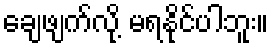
ချေဖျက်လို့ မရနိုင်ပါဘူး။